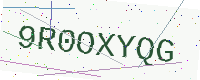
Text: 9R0OXYQG